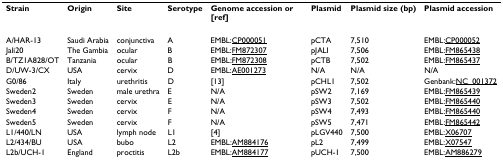
<table><thead><tr><td><b>Strain</b></td><td><b>Origin</b></td><td><b>Site</b></td><td><b>Serotype</b></td><td><b>Genome accession or [ref]</b></td><td><b>Plasmid</b></td><td><b>Plasmid size (bp)</b></td><td><b>Plasmid accession</b></td></tr></thead><tbody><tr><td>A/HAR-13</td><td>Saudi Arabia</td><td>conjunctiva</td><td>A</td><td>EMBL:CP000051</td><td>pCTA</td><td>7,510</td><td>EMBL:CP000052</td></tr><tr><td>Jali20</td><td>The Gambia</td><td>ocular</td><td>B</td><td>EMBL:FM872307</td><td>pJALI</td><td>7,506</td><td>EMBL:FM865438</td></tr><tr><td>B/TZ1A828/OT</td><td>Tanzania</td><td>ocular</td><td>B</td><td>EMBL:FM872308</td><td>pCTB</td><td>7,502</td><td>EMBL:FM865437</td></tr><tr><td>D/UW-3/CX</td><td>USA</td><td>cervix</td><td>D</td><td>EMBL:AE001273</td><td>N/A</td><td>N/A</td><td>N/A</td></tr><tr><td>G0/86</td><td>Italy</td><td>urethritis</td><td>D</td><td>[13]</td><td>pCHL1</td><td>7,502</td><td>Genbank:NC_001372</td></tr><tr><td>Sweden2</td><td>Sweden</td><td>male urethra</td><td>E</td><td>N/A</td><td>pSW2</td><td>7,169</td><td>EMBL:FM865439</td></tr><tr><td>Sweden3</td><td>Sweden</td><td>cervix</td><td>E</td><td>N/A</td><td>pSW3</td><td>7,502</td><td>EMBL:FM865440</td></tr><tr><td>Sweden4</td><td>Sweden</td><td>cervix</td><td>F</td><td>N/A</td><td>pSW4</td><td>7,493</td><td>EMBL:FM865440</td></tr><tr><td>Sweden5</td><td>Sweden</td><td>cervix</td><td>F</td><td>N/A</td><td>pSW5</td><td>7,471</td><td>EMBL:FM865442</td></tr><tr><td>L1/440/LN</td><td>USA</td><td>lymph node</td><td>L1</td><td>[4]</td><td>pLGV440</td><td>7,500</td><td>EMBL:X06707</td></tr><tr><td>L2/434/BU</td><td>USA</td><td>bubo</td><td>L2</td><td>EMBL:AM884176</td><td>pL2</td><td>7,499</td><td>EMBL:X07547</td></tr><tr><td>L2b/UCH-1</td><td>England</td><td>proctitis</td><td>L2b</td><td>EMBL:AM884177</td><td>pUCH-1</td><td>7,500</td><td>EMBL:AM886279</td></tr></tbody></table>